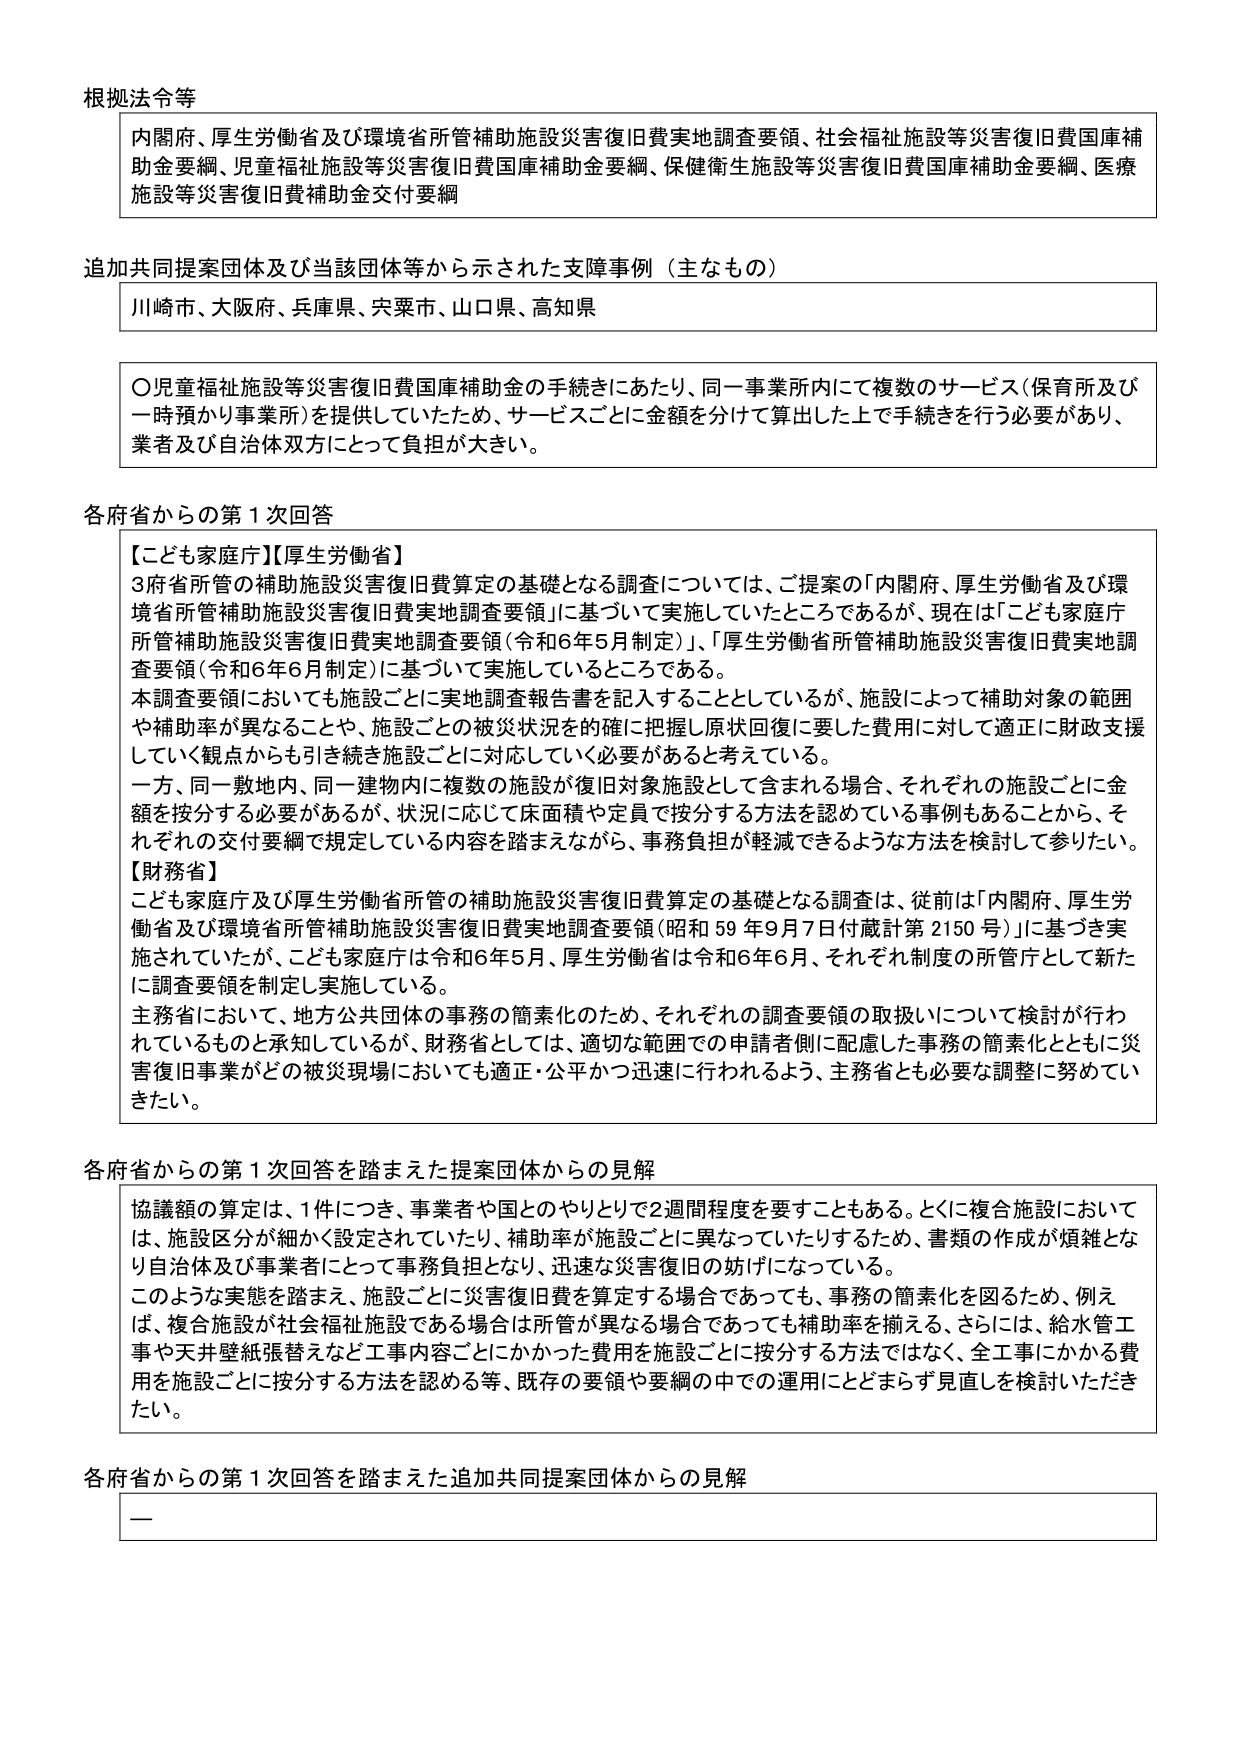
根拠法令等
内閣府、厚生労働省及び環境省所管補助施設災害復旧費実地調査要領、社会福祉施設等災害復旧費国庫補助金要綱、児童福祉施設等災害復旧費国庫補助金要綱、保健衛生施設等災害復旧費国庫補助金要綱、医療施設等災害復旧費補助金交付要綱

追加共同提案団体及び当該団体等から示された支援事例（主なもの）
川崎市、大阪府、兵庫県、宍粟市、山口県、高知県

〇児童福祉施設等災害復旧費国庫補助金の手続きにあたり、同一事業所内にて複数のサービス（保育所及び一時預かり事業所）を提供していたため、サービスごとに金額を分けて算出した上で手続きを行う必要があり、業者及び自治体双方にとって負担が大きい。

各府省からの第1次回答
【こども家庭庁】【厚生労働省】
3府省所管の補助施設災害復旧費算定の基礎となる調査については、ご提案の「内閣府、厚生労働省及び環境省所管補助施設災害復旧費実地調査要領」に基づいて実施していたところであるが、現在は「こども家庭庁所管補助施設災害復旧費実地調査要領（令和6年5月制定）」、「厚生労働省所管補助施設災害復旧費実地調査要領（令和6年6月制定）」に基づいて実施しているところである。
本調査要領においても施設ごとに実地調査報告書を記入することとしているが、施設によって補助対象の範囲や補助率が異なることや、施設ごとの被災状況を確に把握し原状回復に要した費用に対して適正に財政支援していく観点からも引き続き施設ごとに対応していく必要があると考えている。
一方、同一敷地内、同一建物内に複数の施設が復旧対象施設として含まれる場合、それぞれの施設ごとに金額を按分する必要があるが、状況に応じて床面積や定員で按分する方法を認めている事例もあることから、それぞれの交付要綱で規定している内容を踏まえながら、事務負担が軽減できるような方法を検討して参りたい。
【財務省】
こども家庭庁及び厚生労働省所管の補助施設災害復旧費算定の基礎となる調査は、従前は「内閣府、厚生労働省及び環境省所管補助施設災害復旧費実地調査要領（昭和59年9月7日付蔵計第2150号）」に基づき実施されていたが、こども家庭庁は令和6年5月、厚生労働省は令和6年6月、それぞれ制度の所管庁として新たに調査要領を制定し実施している。
主務省において、地方公共団体の事務の簡素化のため、それぞれの調査要領の取扱いについて検討が行われているものと承知しているが、財務省としては、適切な範囲での申請者側に配慮した事務の簡素化とともに災害復旧事業がどの被災現場においても適正・公平かつ迅速に行われるよう、主務省とも必要な調整に努めていきたい。

各府省からの第1次回答を踏まえた提案団体からの見解
協議額の算定は、1件につき、事業者や国とのやりとりで2週間程度を要することもある。とくに複合施設においては、施設区分が細かく設定されていたり、補助率が施設ごとに異なっていたりするため、書類の作成が煩雑となり自治体及び事業者にとって事務負担となり、迅速な災害復旧の妨げになっている。
このような実態を踏まえ、施設ごとに災害復旧費を算定する場合であっても、事務の簡素化を図るため、例えば、複合施設が社会福祉施設である場合は所管が異なる場合であっても補助率を揃える、さらには、給水管工事や天井壁紙張替えなど工事内容ごとにかかった費用を施設ごとに按分する方法ではなく、全工事にかかる費用を施設ごとに按分する方法を認める等、既存の要領や要綱の中での運用にとどまらず見直しを検討いただきたい。

各府省からの第1次回答を踏まえた追加共同提案団体からの見解
ー